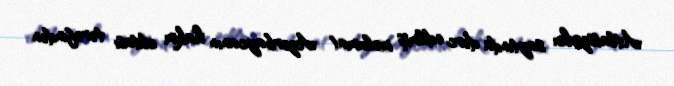
Atlatszo.hu saytında dərc edilmiş məlumat Azərbaycanın hakim elitası tərəfindən